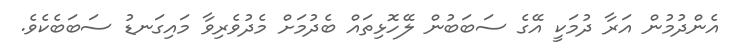
އެންދުމުން އަރާ ދުމަކީ އޭގެ ސަބަބުން ލޭހޮޅިތައް ބެދުމަށް މެދުވެރިވާ މައިގަނޑު ސަބަބެކެވެ.